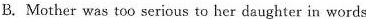
B.Mother was too serious to her daughter in words